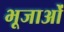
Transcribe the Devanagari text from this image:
भूजाओं